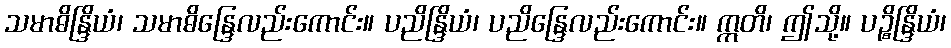
သမာဓိန္ဒြိယံ၊ သမာဓိန္ဒြေလည်းကောင်း။ ပညိန္ဒြိယံ၊ ပညိန္ဒြေလည်းကောင်း။ ဣတိ၊ ဤသို့။ ပဉ္စိန္ဒြိယံ၊